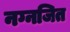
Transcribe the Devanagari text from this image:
नग्नजित